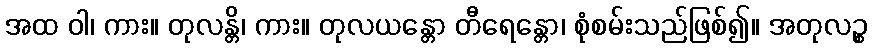
အထ ဝါ၊ ကား။ တုလန္တိ၊ ကား။ တုလယန္တော တီရေန္တော၊ စုံစမ်းသည်ဖြစ်၍။ အတုလဉ္စ